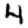
Digit: 4